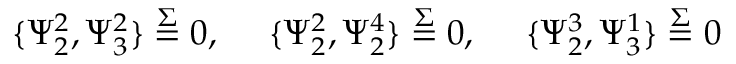
\{ \Psi _ { 2 } ^ { 2 } , \Psi _ { 3 } ^ { 2 } \} \stackrel { \Sigma } { = } 0 , ~ ~ ~ ~ \{ \Psi _ { 2 } ^ { 2 } , \Psi _ { 2 } ^ { 4 } \} \stackrel { \Sigma } { = } 0 , ~ ~ ~ ~ \{ \Psi _ { 2 } ^ { 3 } , \Psi _ { 3 } ^ { 1 } \} \stackrel { \Sigma } { = } 0